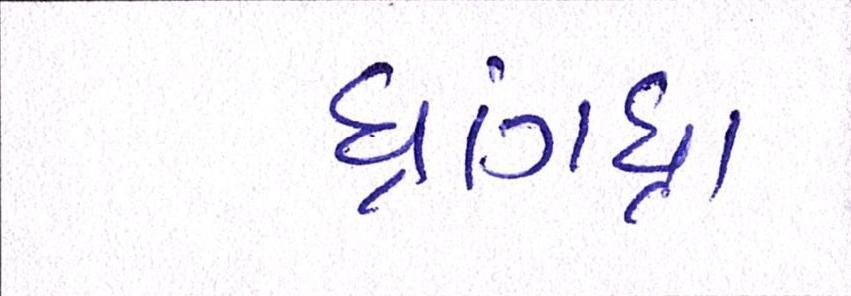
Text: ધ્રાંગધ્રા